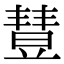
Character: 𣍈